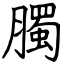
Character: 臅